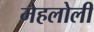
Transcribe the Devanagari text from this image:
मेहलोली